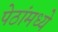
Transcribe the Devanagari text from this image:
पेठांमध्ये